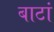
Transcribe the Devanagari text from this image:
बाटां